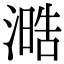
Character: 㵆